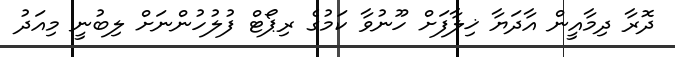
ދޮރާ ދިމާއީން އާދަޔާ ޚިލާފަށް ހޫނުވާ ކަމުގެ ރިޕޯޓް ފުލުހުންނަށް ލިބުނީ މިއަދު